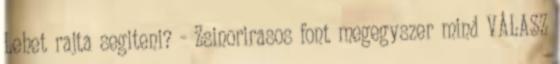
Lehet rajta segiteni? - Zsinorirasos font megegyszer mind VÁLASZ